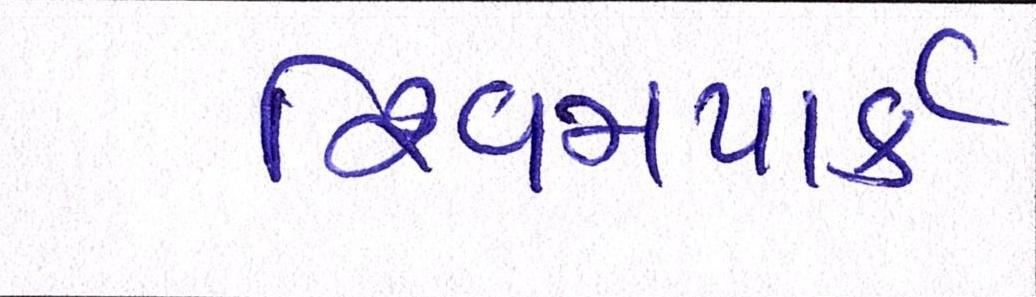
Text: શિવમપાર્ક